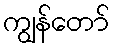
ကျွန်တော်